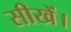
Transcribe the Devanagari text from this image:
सीखें।